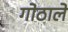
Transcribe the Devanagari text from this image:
गोठाले